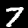
Label: 7